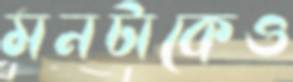
মনটাকেও